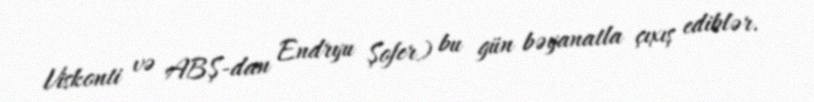
Viskonti və ABŞ-dan Endryu Şofer) bu gün bəyanatla çıxış ediblər.